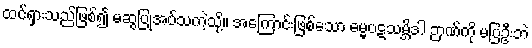
ထင်ရှားသည်ဖြစ်၍ မဆွပြုအပ်သကဲ့သို့။ အကြောင်းဖြစ်သော ဓမ္မပဋသမ္ဘိဒါ ဉာဏ်ကို မပြဦးဘဲ